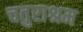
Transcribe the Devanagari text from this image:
चतुराश्रम